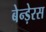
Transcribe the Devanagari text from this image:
बेन्ड़ेरस